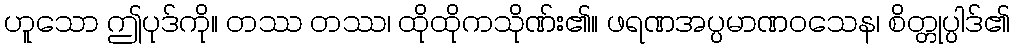
ဟူသော ဤပုဒ်ကို။ တဿ တဿ၊ ထိုထိုကသိုဏ်း၏။ ဖရဏအပ္ပမာဏဝသေန၊ စိတ္တုပ္ပါဒ်၏